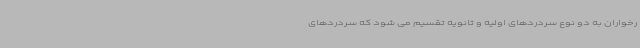
رخواران به دو نوع سردردهای اولیه و ثانویه تقسیم می شود که سردردهای